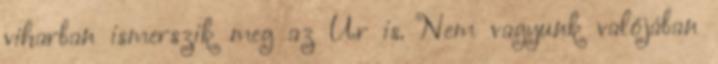
viharban ismerszik meg az Úr is. Nem vagyunk valójában